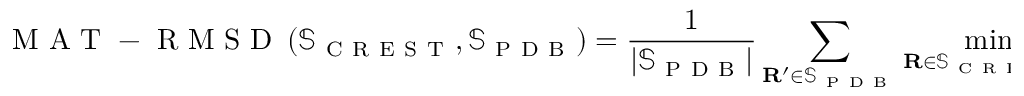
\mathrm { ~ M ~ A ~ T ~ - ~ R ~ M ~ S ~ D ~ } \left( \mathbb { S } _ { \mathrm { ~ C ~ R ~ E ~ S ~ T ~ } } , \mathbb { S } _ { \mathrm { ~ P ~ D ~ B ~ } } \right) = \frac { 1 } { \lvert \mathbb { S } _ { \mathrm { ~ P ~ D ~ B ~ } } \rvert } \sum _ { \mathbf { R } ^ { \prime } \in \mathbb { S } _ { \mathrm { ~ P ~ D ~ B ~ } } } \operatorname* { m i n } _ { \mathbf { R } \in \mathbb { S } _ { \mathrm { ~ C ~ R ~ E ~ S ~ T ~ } } } \mathrm { ~ R ~ M ~ S ~ D ~ } \left( \mathbf { R } , \mathbf { R } ^ { \prime } \right)